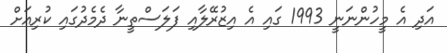
އަދި އެ މީހުންނަނީ 1993 ގައި އެ އިޒުރޭލާއި ފަލަސްތީނާ ދެމެދުގައި ކުރިއަށް